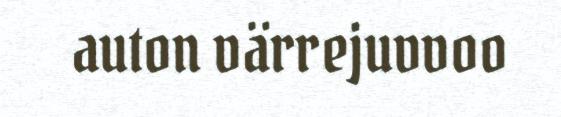
auton värrejuvvoo